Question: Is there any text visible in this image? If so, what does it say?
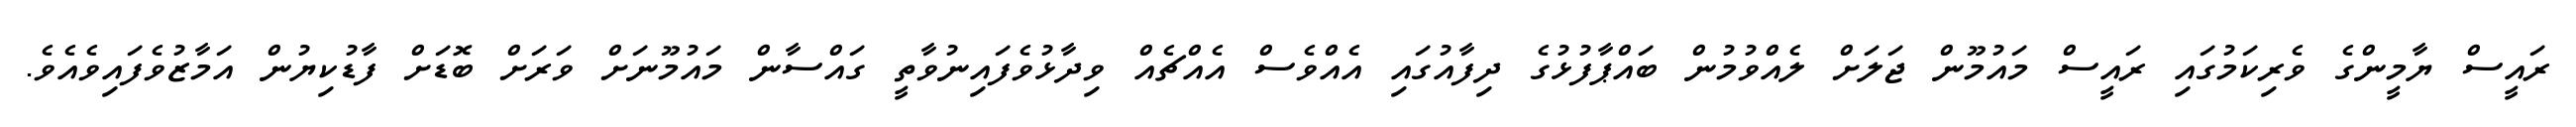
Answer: ރައީސް ޔާމީންގެ ވެރިކަމުގައި ރައީސް މައުމޫން ޖަލަށް ލެއްވުމުން ބައްޕާފުޅުގެ ދިފާއުގައި އެއްވެސް އެއްޗެއް ވިދާޅުވެފައިނުވާތީ ގައްސާން މައުމޫނަށް ވަރަށް ބޮޑަށް ފާޑުކިޔުން އަމާޒުވެފައިވެއެވެ.